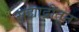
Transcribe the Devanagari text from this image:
सह्याद्रीतून